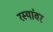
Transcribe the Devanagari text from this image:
रस्यांवर